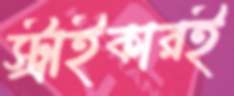
স্ট্রাইকারই